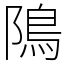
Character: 隝